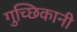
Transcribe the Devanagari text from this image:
गुच्छिकानी